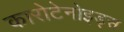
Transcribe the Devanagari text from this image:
कारोटेनोइड्स